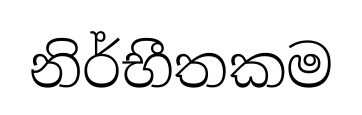
නිර්භීතකම